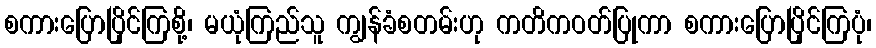
စကားပြောပြိုင်ကြစို့၊ မယုံကြည်သူ ကျွန်ခံစတမ်းဟု ကတိကဝတ်ပြုကာ စကားပြောပြိုင်ကြပုံ၊